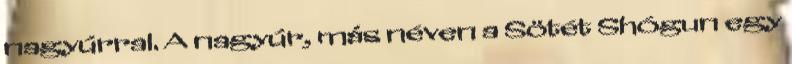
nagyúrral. A nagyúr, más néven a Sötét Shógun egy